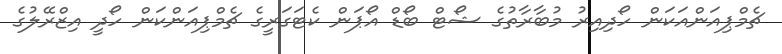
ޗެމްޕިއަންއަކަން ހޯދިއިރު މުބާރާތުގެ ޝޯޓް ބޯޑް އޯޕަން ކެޓަގަރީގެ ޗެމްޕިއަންކަން ހޯދީ އިޒްރޭލުގެ